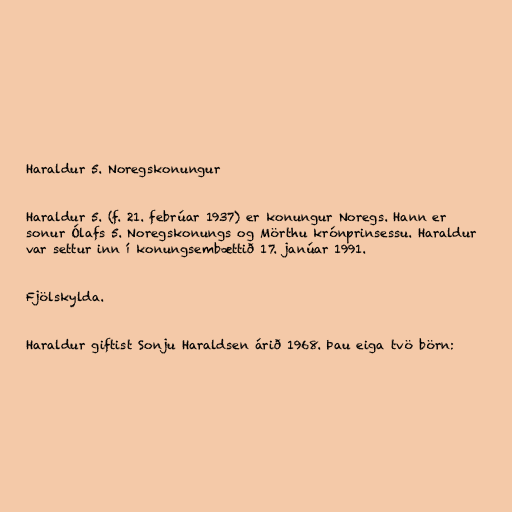
Haraldur 5. Noregskonungur

Haraldur 5. (f. 21. febrúar 1937) er konungur Noregs. Hann er
sonur Ólafs 5. Noregskonungs og Mörthu krónprinsessu. Haraldur
var settur inn í konungsembættið 17. janúar 1991.

Fjölskylda.

Haraldur giftist Sonju Haraldsen árið 1968. Þau eiga tvö börn: